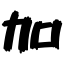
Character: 加